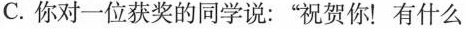
C. 你对一位获奖的同学说：”祝贺你！有什么